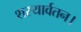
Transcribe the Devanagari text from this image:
शस्यार्वतन।